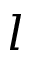
l